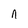
Character: n